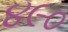
૪૯૦